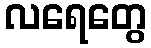
လရေတွေ